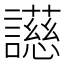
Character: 𬣐